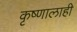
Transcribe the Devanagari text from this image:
कृष्णालाही